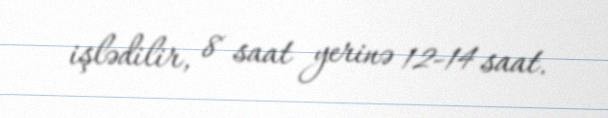
işlədilir, 8 saat yerinə 12-14 saat.